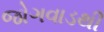
જોગવાડથી